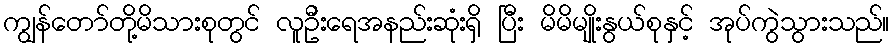
ကျွန်တော်တို့မိသားစုတွင် လူဦးရေအနည်းဆုံးရှိ ပြီး မိမိမျိုးနွယ်စုနှင့် အုပ်ကွဲသွားသည်။